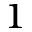
^ { 1 }